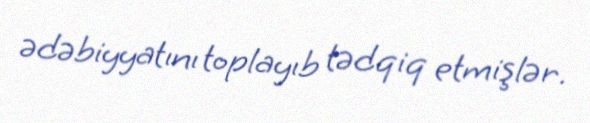
ədəbiyyatını toplayıb tədqiq etmişlər.